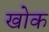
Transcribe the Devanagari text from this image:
खोक